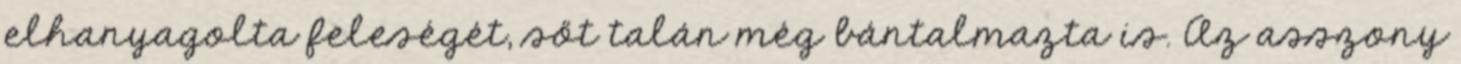
elhanyagolta feleségét, sőt talán még bántalmazta is. Az asszony